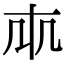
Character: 𠦐